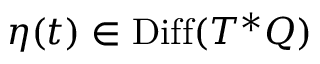
\boldsymbol \eta ( t ) \in \operatorname { D i f f } ( T ^ { * } Q )